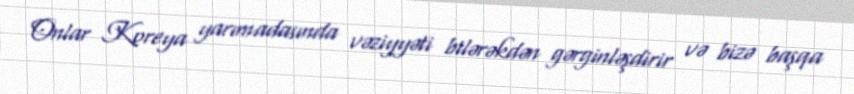
Onlar Koreya yarımadasında vəziyyəti bilərəkdən gərginləşdirir və bizə başqa